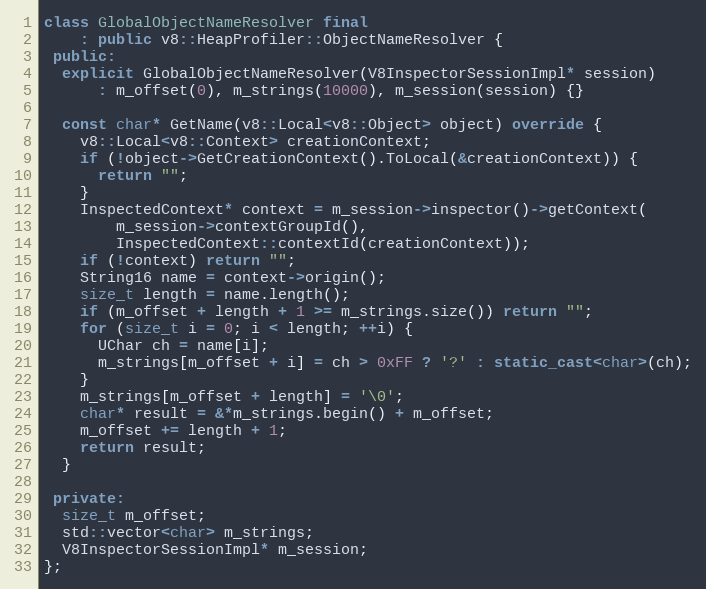
Language: C++
class GlobalObjectNameResolver final
    : public v8::HeapProfiler::ObjectNameResolver {
 public:
  explicit GlobalObjectNameResolver(V8InspectorSessionImpl* session)
      : m_offset(0), m_strings(10000), m_session(session) {}

  const char* GetName(v8::Local<v8::Object> object) override {
    v8::Local<v8::Context> creationContext;
    if (!object->GetCreationContext().ToLocal(&creationContext)) {
      return "";
    }
    InspectedContext* context = m_session->inspector()->getContext(
        m_session->contextGroupId(),
        InspectedContext::contextId(creationContext));
    if (!context) return "";
    String16 name = context->origin();
    size_t length = name.length();
    if (m_offset + length + 1 >= m_strings.size()) return "";
    for (size_t i = 0; i < length; ++i) {
      UChar ch = name[i];
      m_strings[m_offset + i] = ch > 0xFF ? '?' : static_cast<char>(ch);
    }
    m_strings[m_offset + length] = '\0';
    char* result = &*m_strings.begin() + m_offset;
    m_offset += length + 1;
    return result;
  }

 private:
  size_t m_offset;
  std::vector<char> m_strings;
  V8InspectorSessionImpl* m_session;
};